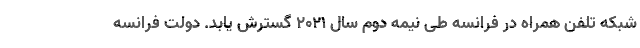
شبکه تلفن همراه در فرانسه طی نیمه دوم سال ۲۰۲۱ گسترش یابد. دولت فرانسه